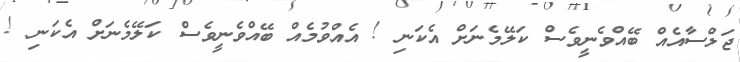
ޖަލްސާއެއް ބޭއްވެނީވެސް ކަލޭމެނަށް އެކަނި ! އެއްވުމެއް ބޭއްވެނީވެސް ކަލޭމެނަށް އެކަނި !